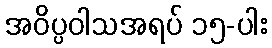
အဝိပ္ပဝါသအရပ် ၁၅-ပါး